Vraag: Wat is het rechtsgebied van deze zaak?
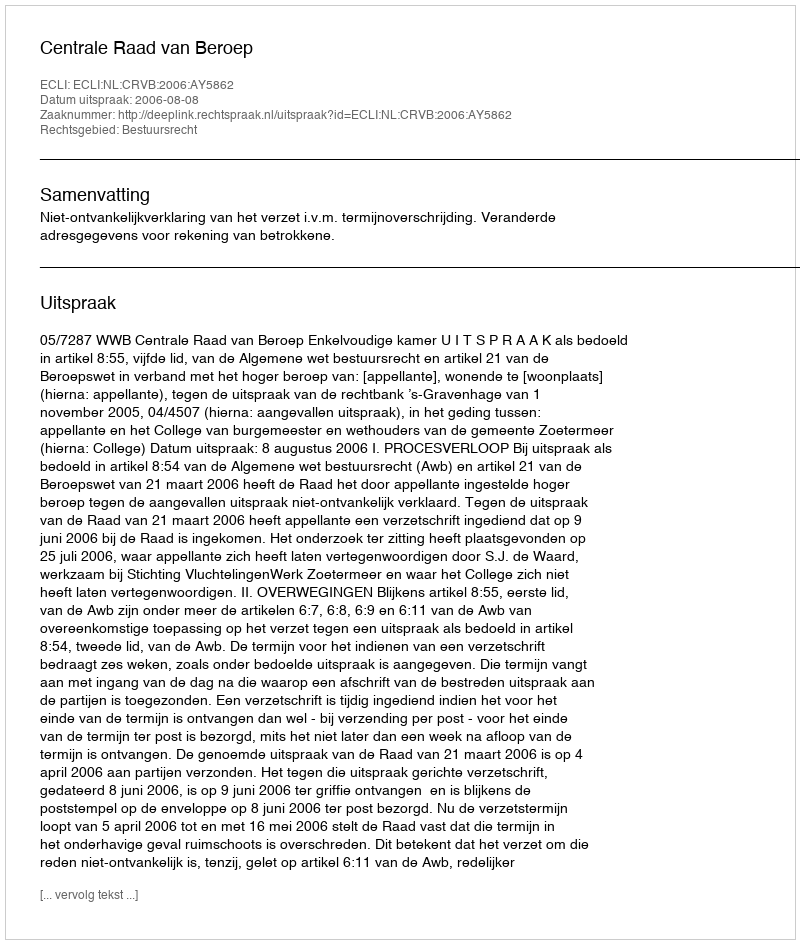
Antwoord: Bestuursrecht